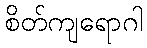
စိတ်ကျရောဂါ